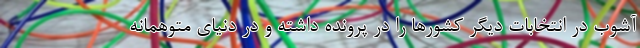
آشوب در انتخابات دیگر کشورها را در پرونده داشته و در دنیای متوهمانه